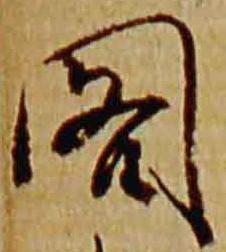
閣